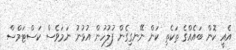
އެއީ ކޮން ބައެއްގެ ތަކެތި ކަން ނޭނގިގެން ފުލުހުން އުޅުނު ނަމަވެސް ކަސްޓަމްސް